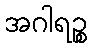
အဂါရဉ္စ